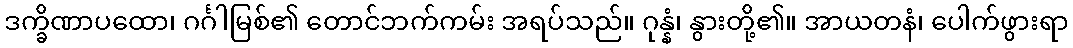
ဒက္ခိဏာပထော၊ ဂင်္ဂါမြစ်၏ တောင်ဘက်ကမ်း အရပ်သည်။ ဂုန္နံ၊ နွားတို့၏။ အာယတနံ၊ ပေါက်ဖွားရာ